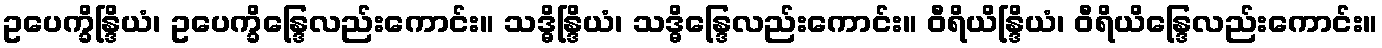
ဥပေက္ခိန္ဒြိယံ၊ ဥပေက္ခိန္ဒြေလည်းကောင်း။ သဒ္ဓိန္ဒြိယံ၊ သဒ္ဓိန္ဒြေလည်းကောင်း။ ဝီရိယိန္ဒြိယံ၊ ဝီရိယိန္ဒြေလည်းကောင်း။